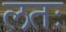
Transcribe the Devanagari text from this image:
लतः